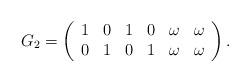
LaTeX: \begin{align*} G_2= \left( \begin{array}{cccccc} 1 & 0 & 1 & 0 & \omega & \omega\\ 0 & 1 & 0 & 1 & \omega & \omega\\ \end{array} \right). \end{align*}